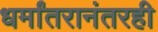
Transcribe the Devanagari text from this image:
धर्मांतरानंतरही